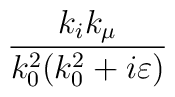
\frac{k_{i}k_{\mu }}{k_{0}^{2}(k_{0}^{2}+i\varepsilon )}